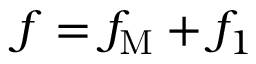
f = f _ { \mathrm { M } } + f _ { 1 }